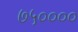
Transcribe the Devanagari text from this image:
७५००००